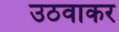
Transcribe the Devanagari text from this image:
उठवाकर